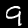
Label: 9